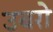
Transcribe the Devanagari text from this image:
उबरो